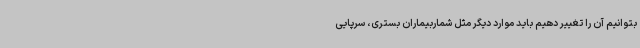
بتوانیم آن را تغییر دهیم باید موارد دیگر مثل شماربیماران بستری، سرپایی